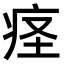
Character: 𫞬